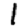
Digit: 1